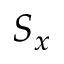
S _ { x }